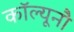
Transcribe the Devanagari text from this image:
कॉल्यूनौ